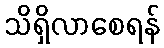
သိရှိလာစေရန်